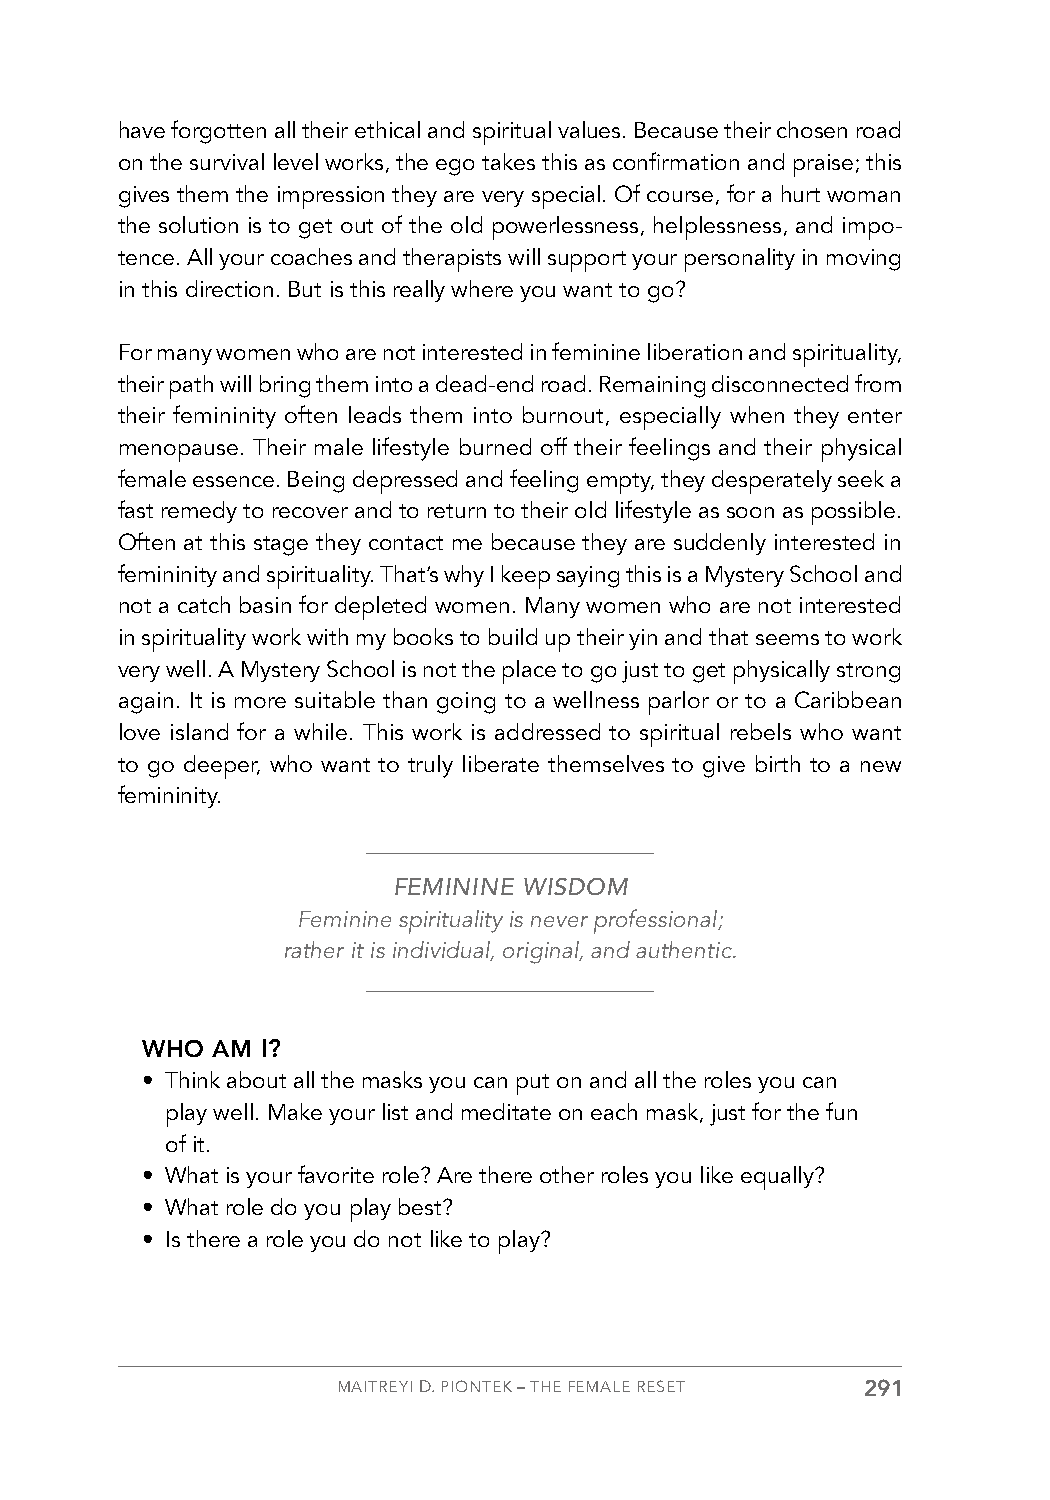
have forgotten all their ethical and spiritual values. Because their chosen road
 on the survival level works, the ego takes this as confirmation and praise; this
 gives them the impression they are very special. Of course, for a hurt woman
 the solution is to get out of the old powerlessness, helplessness, and impo-
 tence. All your coaches and therapists will support your personality in moving
 in this direction. But is this really where you want to go?
 For many women who are not interested in feminine liberation and spirituality,
 their path will bring them into a dead-end road. Remaining disconnected from
 their femininity often leads them into burnout, especially when they enter
 menopause. Their male lifestyle burned off their feelings and their physical
 female essence. Being depressed and feeling empty, they desperately seek a
 fast remedy to recover and to return to their old lifestyle as soon as possible.
 Often at this stage they contact me because they are suddenly interested in
 femininity and spirituality. That’s why I keep saying this is a Mystery School and
 not a catch basin for depleted women. Many women who are not interested
 in spirituality work with my books to build up their yin and that seems to work
 very well. A Mystery School is not the place to go just to get physically strong
 again. It is more suitable than going to a wellness parlor or to a Caribbean
 love island for a while. This work is addressed to spiritual rebels who want
 to go deeper, who want to truly liberate themselves to give birth to a new
 femininity.
 FEMININE WISDOM
 Feminine spirituality is never professional;
 rather it is individual, original, and authentic.
 WHO  AM I?
 • Think about all the masks you can put on and all the roles you can
 play well. Make your list and meditate on each mask, just for the fun
 of it.
 • What is your favorite role? Are there other roles you like equally?
 • What role do you play best?
 • Is there a role you do not like to play?
 MAITREYI D. PIONTEK – THE FEMALE RESET 291